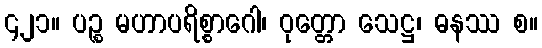
၄၂၁။ ပဉ္စ မဟာပရိစ္စာဂေါ၊ ဝုတ္တော သေဋ္ဌ၊ ဓနဿ စ။